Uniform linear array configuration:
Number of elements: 48
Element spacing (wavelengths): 0.25
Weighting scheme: kaiser
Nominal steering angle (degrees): -30
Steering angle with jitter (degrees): -31.048
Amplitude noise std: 0.05
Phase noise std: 0.05

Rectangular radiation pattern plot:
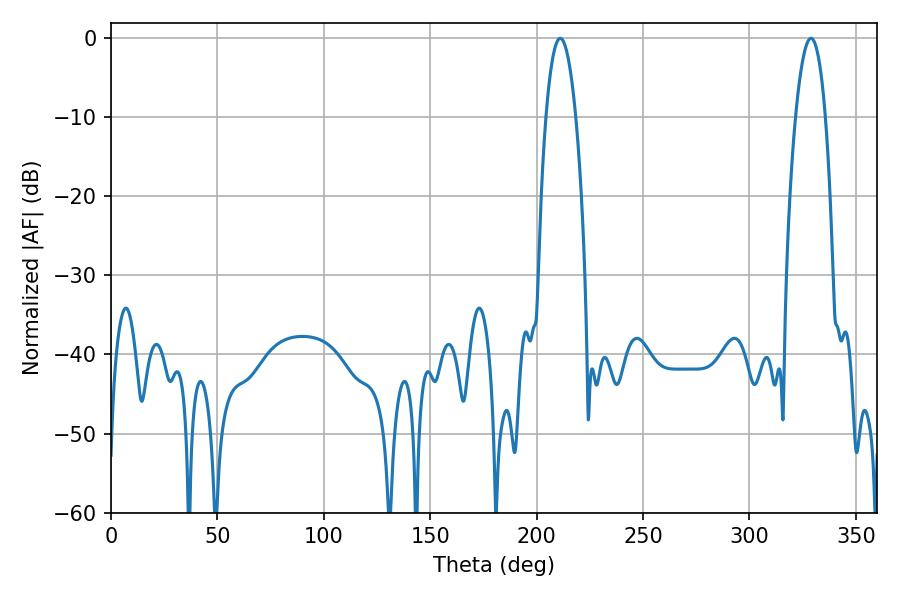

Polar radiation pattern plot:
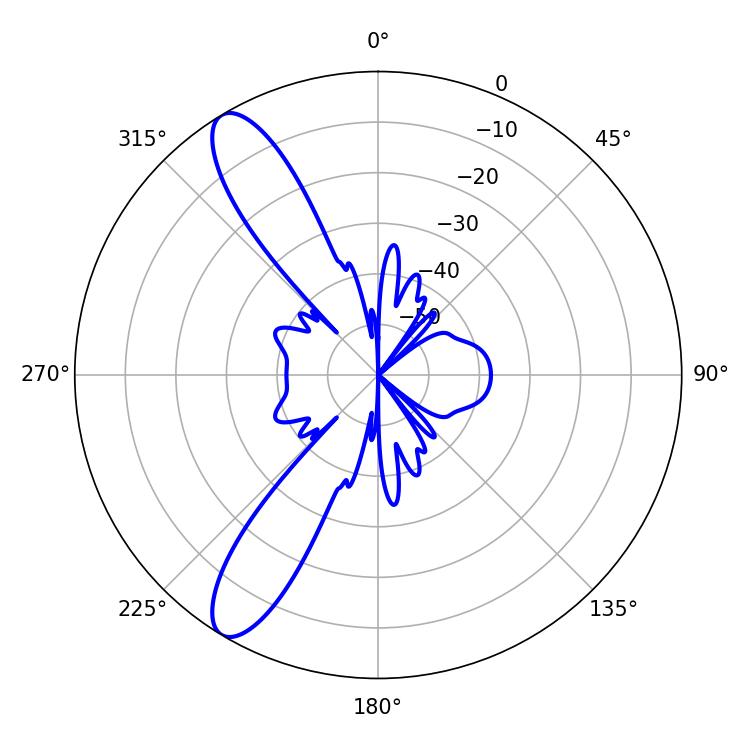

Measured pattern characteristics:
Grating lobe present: FALSE
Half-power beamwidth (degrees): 7.74
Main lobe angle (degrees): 211.14